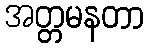
အတ္တမနတာ